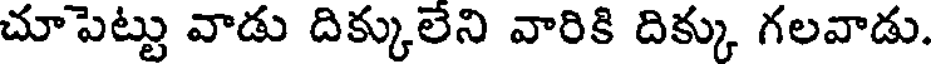
చూపెట్టు వాడు దిక్కులేని వారికి దిక్కు గలవాడు.